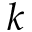
k